Annual report of the Punjab Veterinary College and of the Civil Veterinary Department, Punjab - 1926-1932
Year: 1926
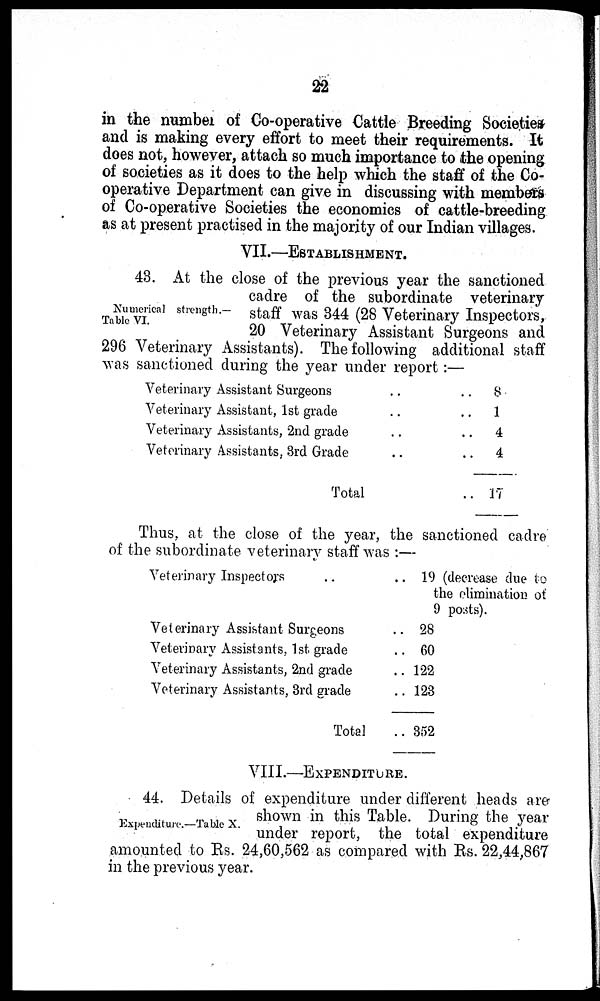
22
in the number of Co-operative Cattle Breeding Societies
and is making every effort to meet their requirements. It
does not, however, attach so much importance to the opening
of societies as it does to the help which the staff of the Co-
operative Department can give in discussing with members
of Co-operative Societies the economics of cattle-breeding
as at present practised in the majority of our Indian villages.
VII.—ESTABLISHMENT.
Numerical strength.—
Table VI.
43. At the close of the previous year the sanctioned
cadre of the subordinate veterinary
staff was 344 (28 Veterinary Inspectors,
20 Veterinary Assistant Surgeons and
296 Veterinary Assistants). The following additional staff
was sanctioned during the year under report :—
Veterinary Assistant Surgeons .. ..
Veterinary Assistant, 1st grade .. ..
Veterinary Assistants, 2nd grade .. ..
Veterinary Assistants, 3rd Grade .. ..
Total ..
8
1
4
4
17
Thus, at the close of the year, the sanctioned cadre
of the subordinate veterinary staff was :—
Veterinary Inspectors .. ..
Veterinary Assistant Surgeons ..
Veterinary Assistants, 1st grade ..
Veterinary Assistants, 2nd grade ..
Veterinary Assistants, 3rd grade ..
Total ..
19 (decrease due to
the elimination of
9 posts).
28
60
122
123
352
VIII.—EXPENDITUERE.
Expenditure.—Table X.
44. Details of expenditure under different heads are
shown in this Table. During the year
under report, the total expenditure
amounted to Rs. 24,60,562 as compared with Rs. 22,44,867
in the previous year.